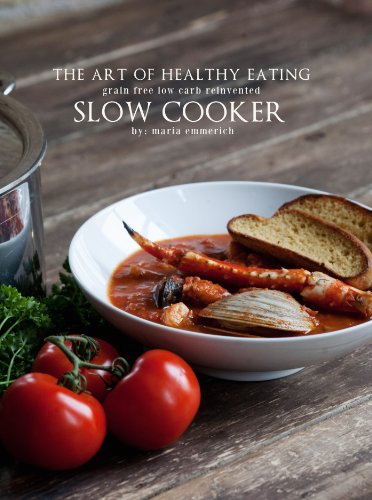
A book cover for The Art of Healthy Eating: Grain Free Low Carb Reinvented: Slow Cooker; Maria Emmerich; Cookbooks, Food & Wine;